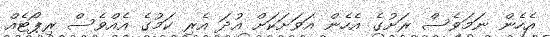
އެހެން ނަމަވެސް ރަށުގެ އެހެން އަވަށަކަށް އުދަ އެރި ކަމުގެ އެއްވެސް ރިޕޯޓެއް